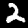
Digit: 2